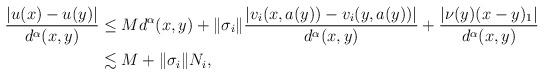
LaTeX: \begin{align*}\frac{|u(x) - u(y)|}{d^{\alpha}(x,y)} & \leq M d^{\alpha}(x,y) + \| \sigma_i \| \frac{|v_i(x,a(y)) - v_i(y,a(y))|}{d^{\alpha}(x,y)} + \frac{|\nu(y) (x-y)_1| }{d^{\alpha}(x,y)}\\& \lesssim M + \|\sigma_i \| N_i,\end{align*}